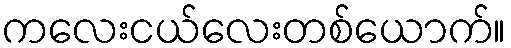
ကလေးငယ်လေးတစ်ယောက်။